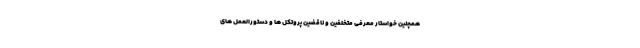
همچنین خواستار معرفی متخلفین و ناقضین پروتکل ها و دستورالعمل های